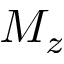
M _ { z }